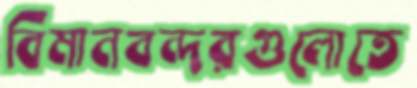
বিমানবন্দরগুলোতে